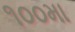
૧૦૦મા